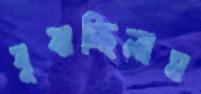
বুঝচ্ছিলাম